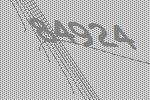
84924